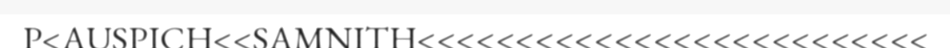
P<AUSPICH<<SAMNITH<<<<<<<<<<<<<<<<<<<<<<<<<<